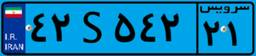
۷۴S۸۵۳۳۴